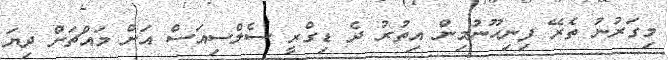
މިގަރުނު ތެރޭ ފިނިހޫނުމިން އިތުރު ދެ ޑިގްރީ ސެލްސިއަސް އަށް މައްޗަށް ދިޔަ